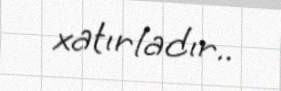
xatırladır..